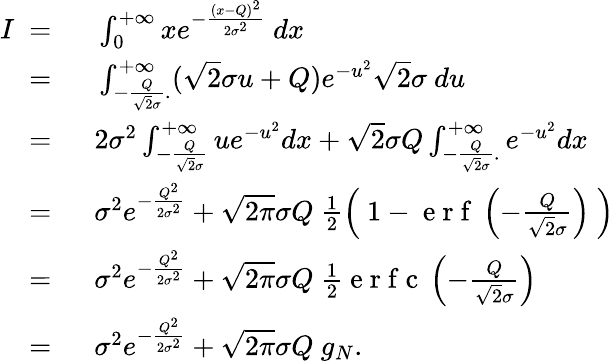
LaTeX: \begin{array}{rl}{I\ =\ }&{{}\int_{0}^{+\infty}xe^{-\frac{(x-Q)^{2}}{2\sigma^{2}}}\ dx}\\ {\ =\ }&{{}\int_{-\frac{Q}{\sqrt{2}\sigma}.}^{+\infty}(\sqrt{2}\sigma u+Q)e^{-u^{2}}\sqrt{2}\sigma\ du}\\ {\ =\ }&{{}2\sigma^{2}\int_{-\frac{Q}{\sqrt{2}\sigma}}^{+\infty}ue^{-u^{2}}dx+\sqrt{2}\sigma Q\int_{-\frac{Q}{\sqrt{2}\sigma}.}^{+\infty}e^{-u^{2}}dx}\\ {\ =\ }&{{}\sigma^{2}e^{-\frac{Q^{2}}{2\sigma^{2}}}+\sqrt{2\pi}\sigma Q\ \frac{1}{2}\left(\ 1-\mathrm{~e~r~f~}\left(-\frac{Q}{\sqrt{2}\sigma}\right)\ \right)}\\ {\ =\ }&{{}\sigma^{2}e^{-\frac{Q^{2}}{2\sigma^{2}}}+\sqrt{2\pi}\sigma Q\ \frac{1}{2}\mathrm{~e~r~f~c~}\left(-\frac{Q}{\sqrt{2}\sigma}\right)}\\ {\ =\ }&{{}\sigma^{2}e^{-\frac{Q^{2}}{2\sigma^{2}}}+\sqrt{2\pi}\sigma Q\ g_{N}.}\end{array}